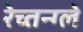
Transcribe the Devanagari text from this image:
रेच्तन्ग्ले